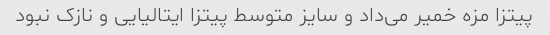
پیتزا مزه خمیر می‌داد و سایز متوسط پیتزا ایتالیایی و نازک نبود